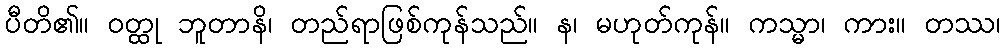
ပီတိ၏။ ဝတ္ထု ဘူတာနိ၊ တည်ရာဖြစ်ကုန်သည်။ န၊ မဟုတ်ကုန်။ ကသ္မာ၊ ကား။ တဿ၊